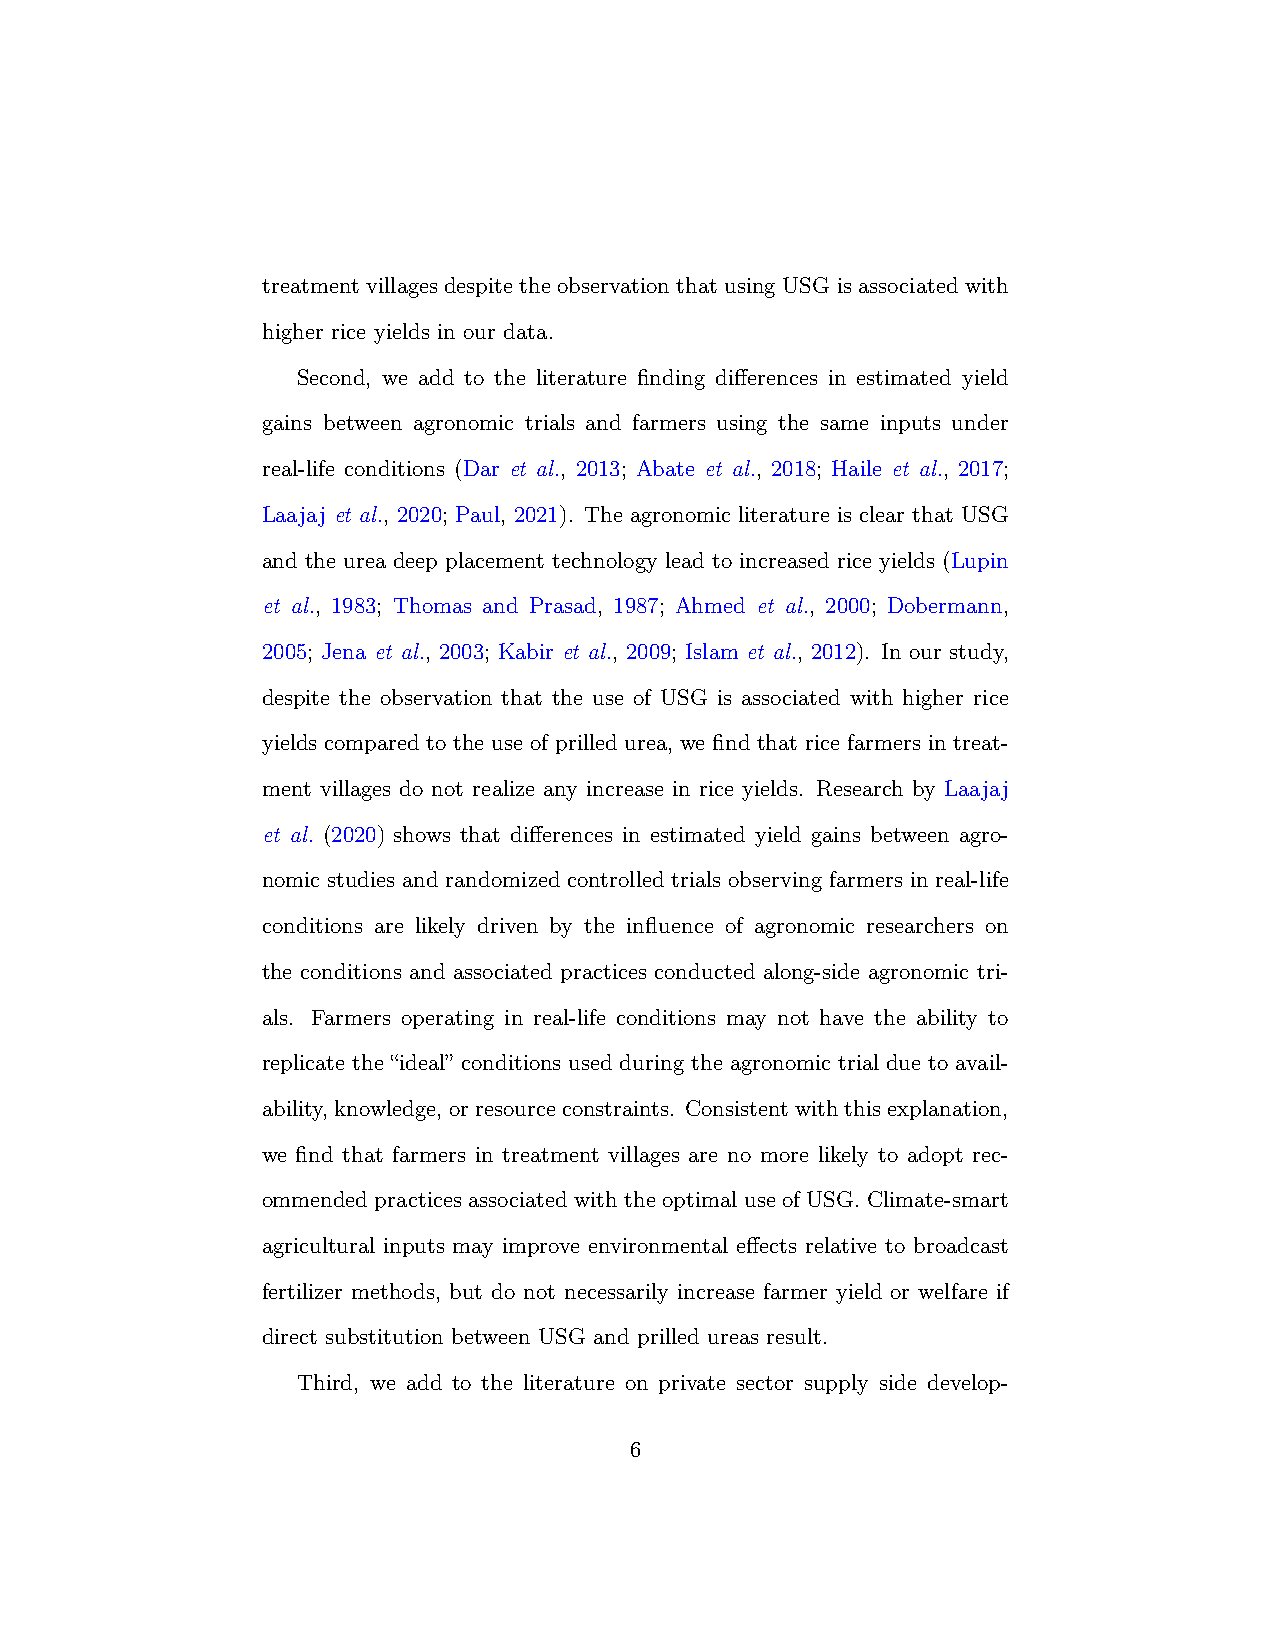
treatment villages despite the observation that using USG is associated with
 higher rice yields in our data.
 Second, we add to the literature finding differences in estimated yield
 gains between agronomic trials and farmers using the same inputs under
 real-life conditions (Dar et al., 2013; Abate et al., 2018; Haile et al., 2017;
 Laajaj et al., 2020; Paul, 2021). The agronomic literature is clear that USG
 and the urea deep placement technology lead to increased rice yields (Lupin
 et al., 1983; Thomas and Prasad, 1987; Ahmed et al., 2000; Dobermann,
 2005; Jena et al., 2003; Kabir et al., 2009; Islam et al., 2012). In our study,
 despite the observation that the use of USG is associated with higher rice
 yields compared to the use of prilled urea, we find that rice farmers in treat-
 ment villages do not realize any increase in rice yields. Research by Laajaj
 et al. (2020) shows that differences in estimated yield gains between agro-
 nomic studies and randomized controlled trials observing farmers in real-life
 conditions are likely driven by the influence of agronomic researchers on
 the conditions and associated practices conducted along-side agronomic tri-
 als. Farmers operating in real-life conditions may not have the ability to
 replicate the “ideal” conditions used during the agronomic trial due to avail-
 ability, knowledge, orresourceconstraints. Consistentwiththisexplanation,
 we find that farmers in treatment villages are no more likely to adopt rec-
 ommended practices associated with the optimal use of USG. Climate-smart
 agricultural inputs may improve environmental effects relative to broadcast
 fertilizer methods, but do not necessarily increase farmer yield or welfare if
 direct substitution between USG and prilled ureas result.
 Third, we add to the literature on private sector supply side develop-
 6